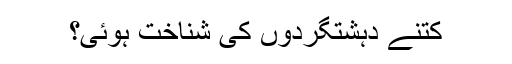
کتنے دہشتگردوں کی شناخت ہوئی؟